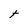
Character: t